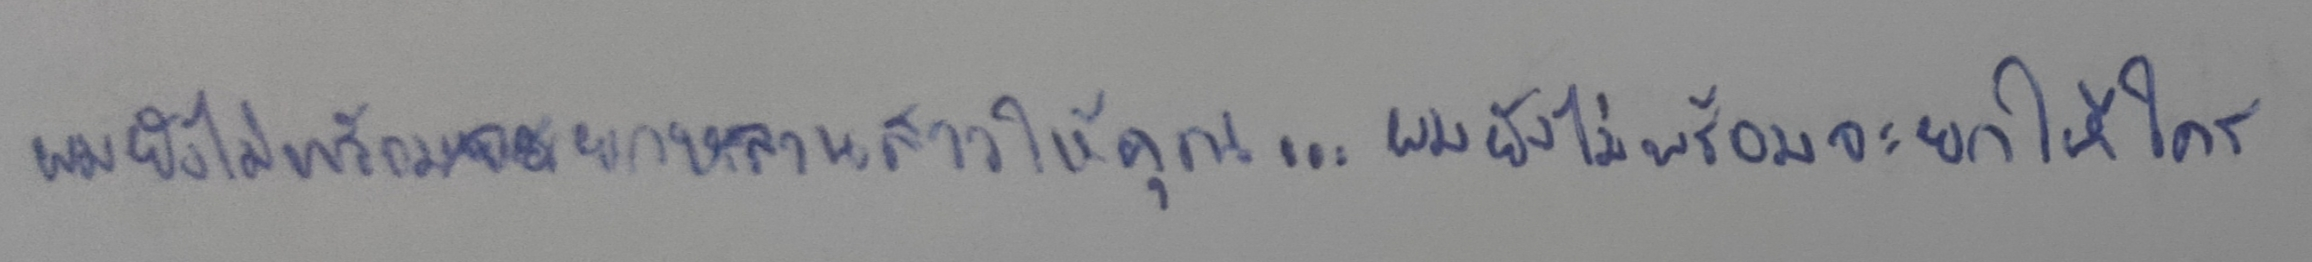
ผมยังไม่พร้อมจะยกหลานสาวให้คุณ...ผมยังไม่พร้อมจะยกให้ใคร